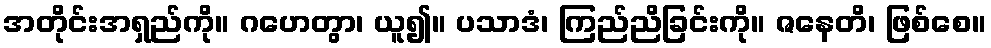
အတိုင်းအရှည်ကို။ ဂဟေတွာ၊ ယူ၍။ ပသာဒံ၊ ကြည်ညိခြင်းကို။ ဇနေတိ၊ ဖြစ်စေ။